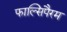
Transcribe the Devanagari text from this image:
फाल्सिपैरम